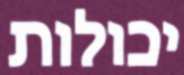
יכולות